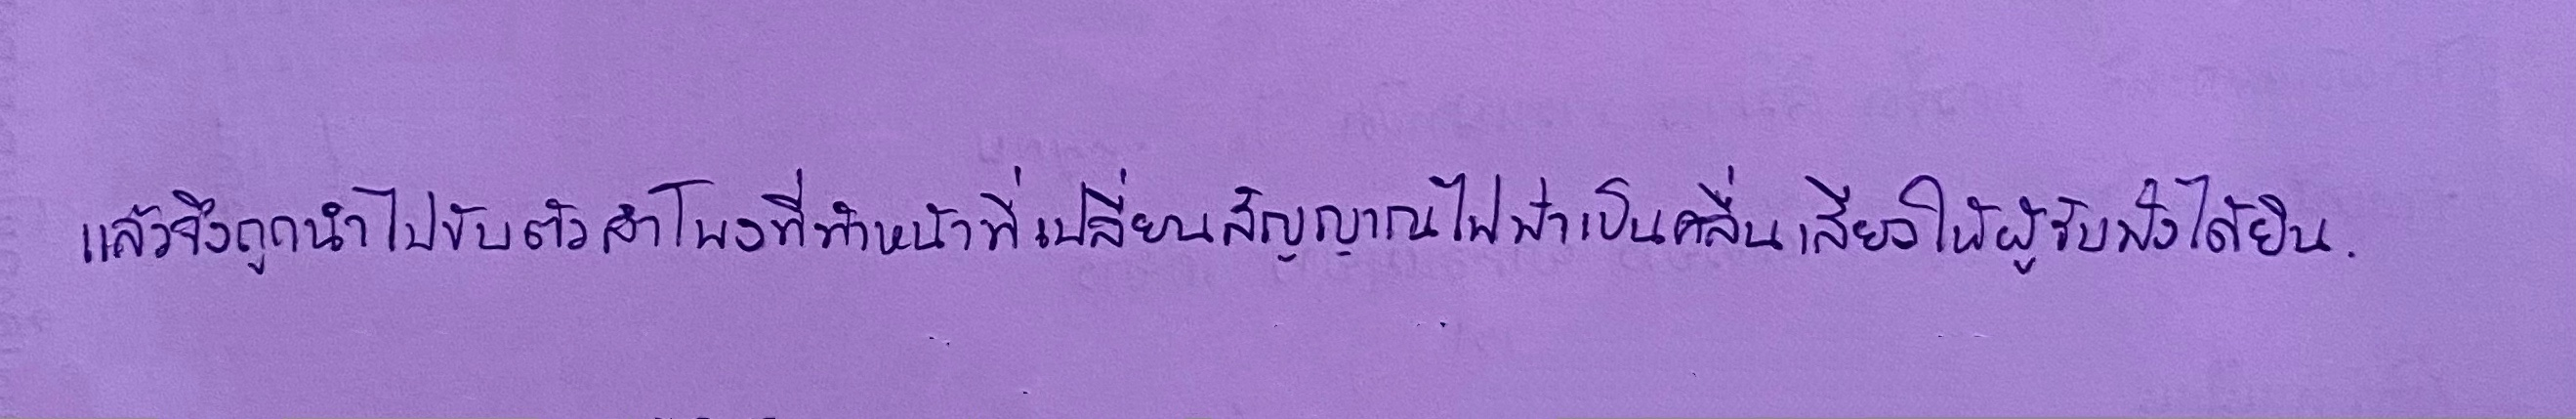
แล้วจึงถูกนำไปขับตัวลำโพงที่ทำหน้าที่เปลี่ยนสัญญาณไฟฟ้าเป็นคลื่นเสียงให้ผู้รับฟังได้ยิน